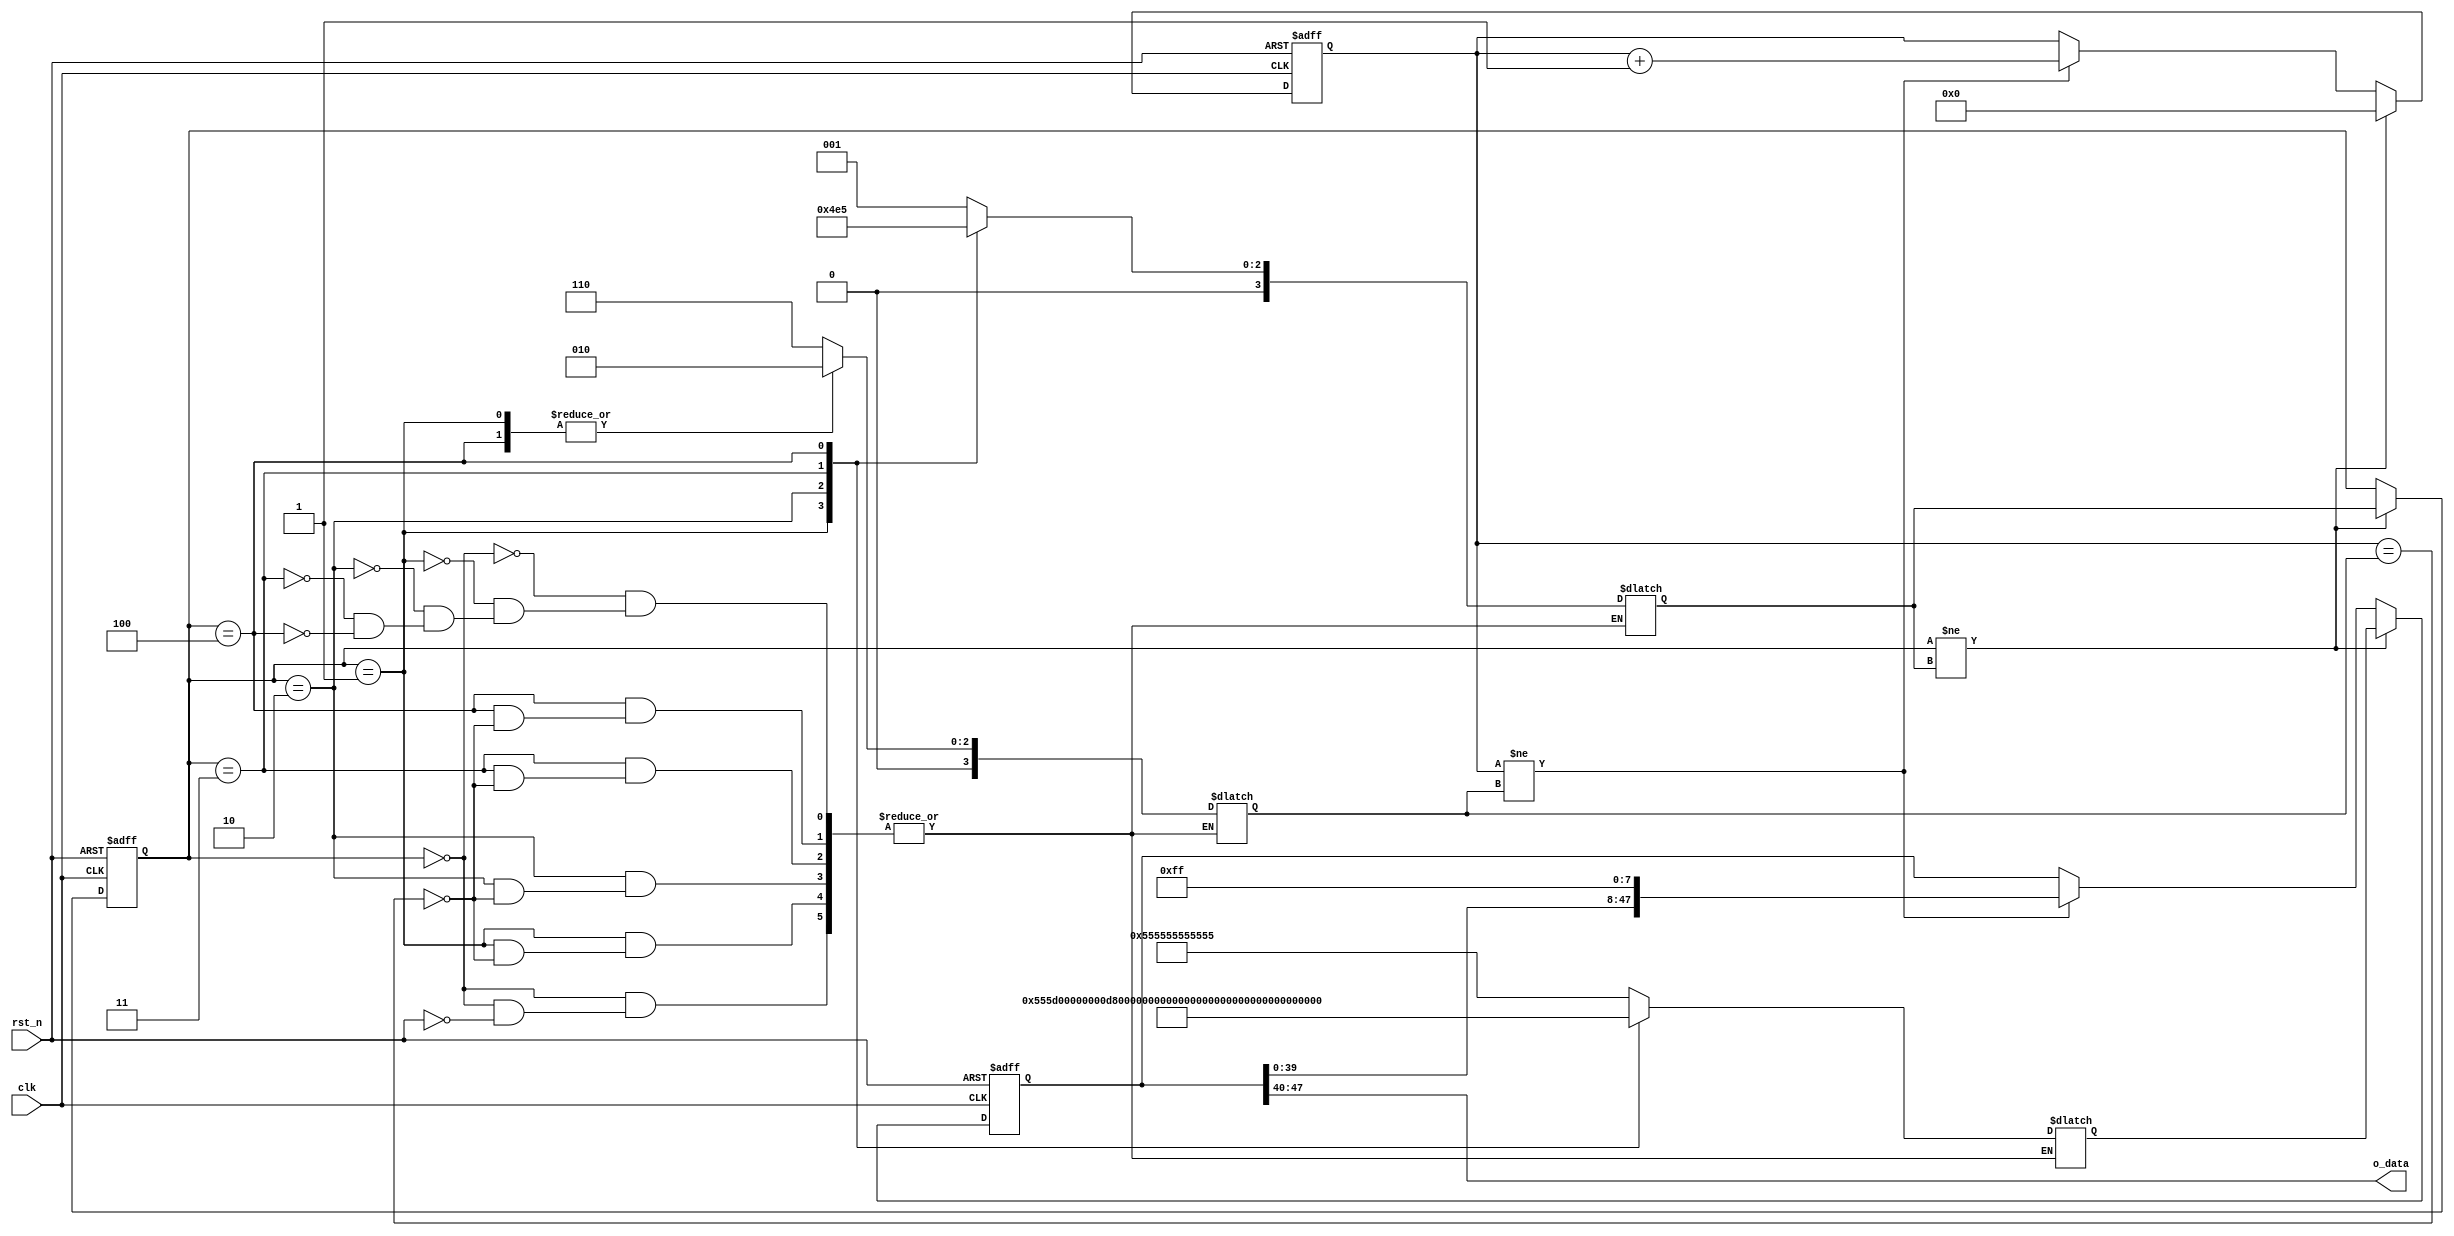
module ip_udp_gen(
	input					clk,
	input					rst_n,
	output	[7:0]		o_data
);

// input parameter's
parameter	[47:0]	dst_mac = {8'hD8, 8'hD3, 8'h85, 8'h26, 8'hC5, 8'h78};
parameter	[47:0]	src_mac = {8'h00, 8'h23, 8'h54, 8'h3C, 8'h47, 8'h1B};
parameter	[31:0]	src_ip = {8'hC0, 8'hA8, 8'h4D, 8'h21};
parameter	[31:0]	dst_ip = {8'hC0, 8'hA8, 8'h4D, 8'hD9};
parameter	[15:0]	src_port = {8'hC3, 8'h50};
parameter	[15:0]	dst_port = {8'hC3, 8'h60};

// SM state's
parameter	[3:0]		eth_none = 4'd0;			// send 0x55 seven times
parameter	[3:0]		eth_preamble = 4'd1;		// send 0x55 seven times
parameter	[3:0]		eth_sdf = 4'd2;			// send end of preamble 0x5D
parameter	[3:0]		eth_dst_mac = 4'd3;		// send destination MAC Address
parameter	[3:0]		eth_src_mac = 4'd4;		// send self MAC Address
parameter	[3:0]		eth_type = 4'd5;			// send 0x0800
parameter	[3:0]		udp_src_mac = 4'd4;		// 

// header sender
reg	[47:0]	data_ts;
reg	[3:0]		cnt_ts;
reg	[47:0]	send_data;
assign o_data = send_data[47:40];
reg	[3:0]		send_cnt;
reg	[3:0]		state;
reg	[3:0]		new_state;
always @ (posedge clk or negedge rst_n) begin
	if(1'b0 == rst_n) begin
		send_data <= 48'd0;
		send_cnt <= 4'd0;
		state <= 4'd0;
		//new_state <= 4'd0;
	end
	else begin
		if(state != new_state) begin
			send_data <= data_ts;
			send_cnt <= 4'd0;
			state <= new_state;
		end
		else begin
			if(send_cnt != cnt_ts) begin
				send_cnt <= send_cnt + 1;
				send_data <= {send_data[40:0], 8'hFF};
			end
		end
	end
end

always @* begin
	case(state)
		eth_none: 
			if(1'b0 != rst_n) begin
				new_state = eth_preamble;
				data_ts = 48'h555555555555;
				cnt_ts = 4'd6;
			end

		eth_preamble:
			if(send_cnt == cnt_ts) begin
				new_state = eth_sdf;
				data_ts = 48'h555d00000000;
				cnt_ts = 4'd2;
			end
			
		eth_sdf:
			if(send_cnt == cnt_ts) begin
				new_state = eth_dst_mac;
				data_ts = dst_mac;
				cnt_ts = 4'd6;
			end

		eth_dst_mac:
			if(send_cnt == cnt_ts) begin
				new_state = eth_src_mac;
				data_ts = src_mac;
				cnt_ts = 4'd6;
			end
			
		eth_src_mac:
			if(send_cnt == cnt_ts) begin
				new_state = eth_type;
				data_ts = 48'h0800FFFFFFFF;
				cnt_ts = 4'd2;
			end
			
		default:	;
	endcase
end

endmodule